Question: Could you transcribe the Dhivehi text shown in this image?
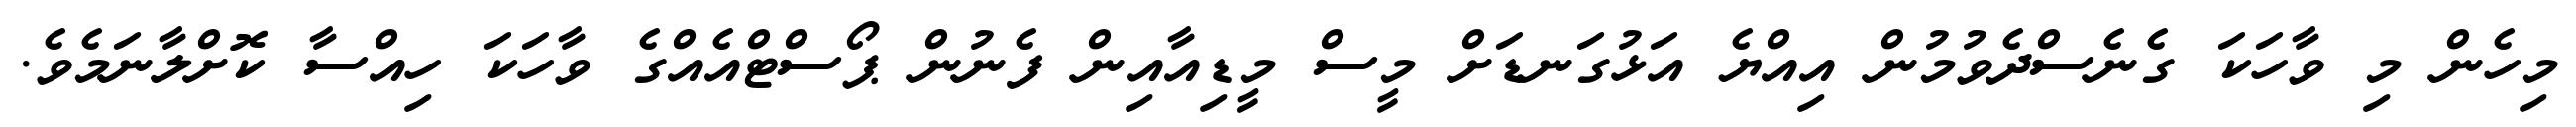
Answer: މިހެން މި ވާހަކަ ގެނެސްދެވުމުން އިއްޔެ އަޅުގަނޑަށް މީސް މީޑިއާއިން ފެނުން ޕޯސްޓްއެއްގެ ވާހަކަ ހިއްސާ ކޮށްލާނަމެވެ.